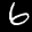
Label: 6